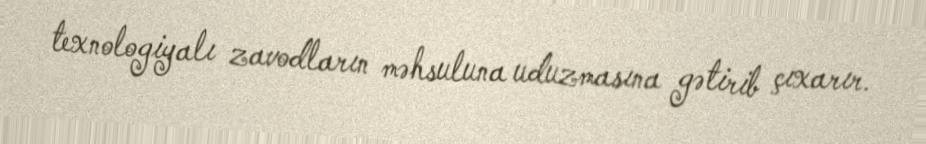
texnologiyalı zavodların məhsuluna uduzmasına gətirib çıxarır.